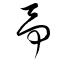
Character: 予